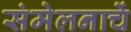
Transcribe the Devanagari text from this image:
संमेलनाचें